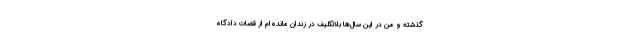
گذشته و من در این سال‌ها بلاتکلیف در زندان مانده‌ام از قضات دادگاه